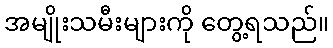
အမျိုးသမီးများကို တွေ့ရသည်။